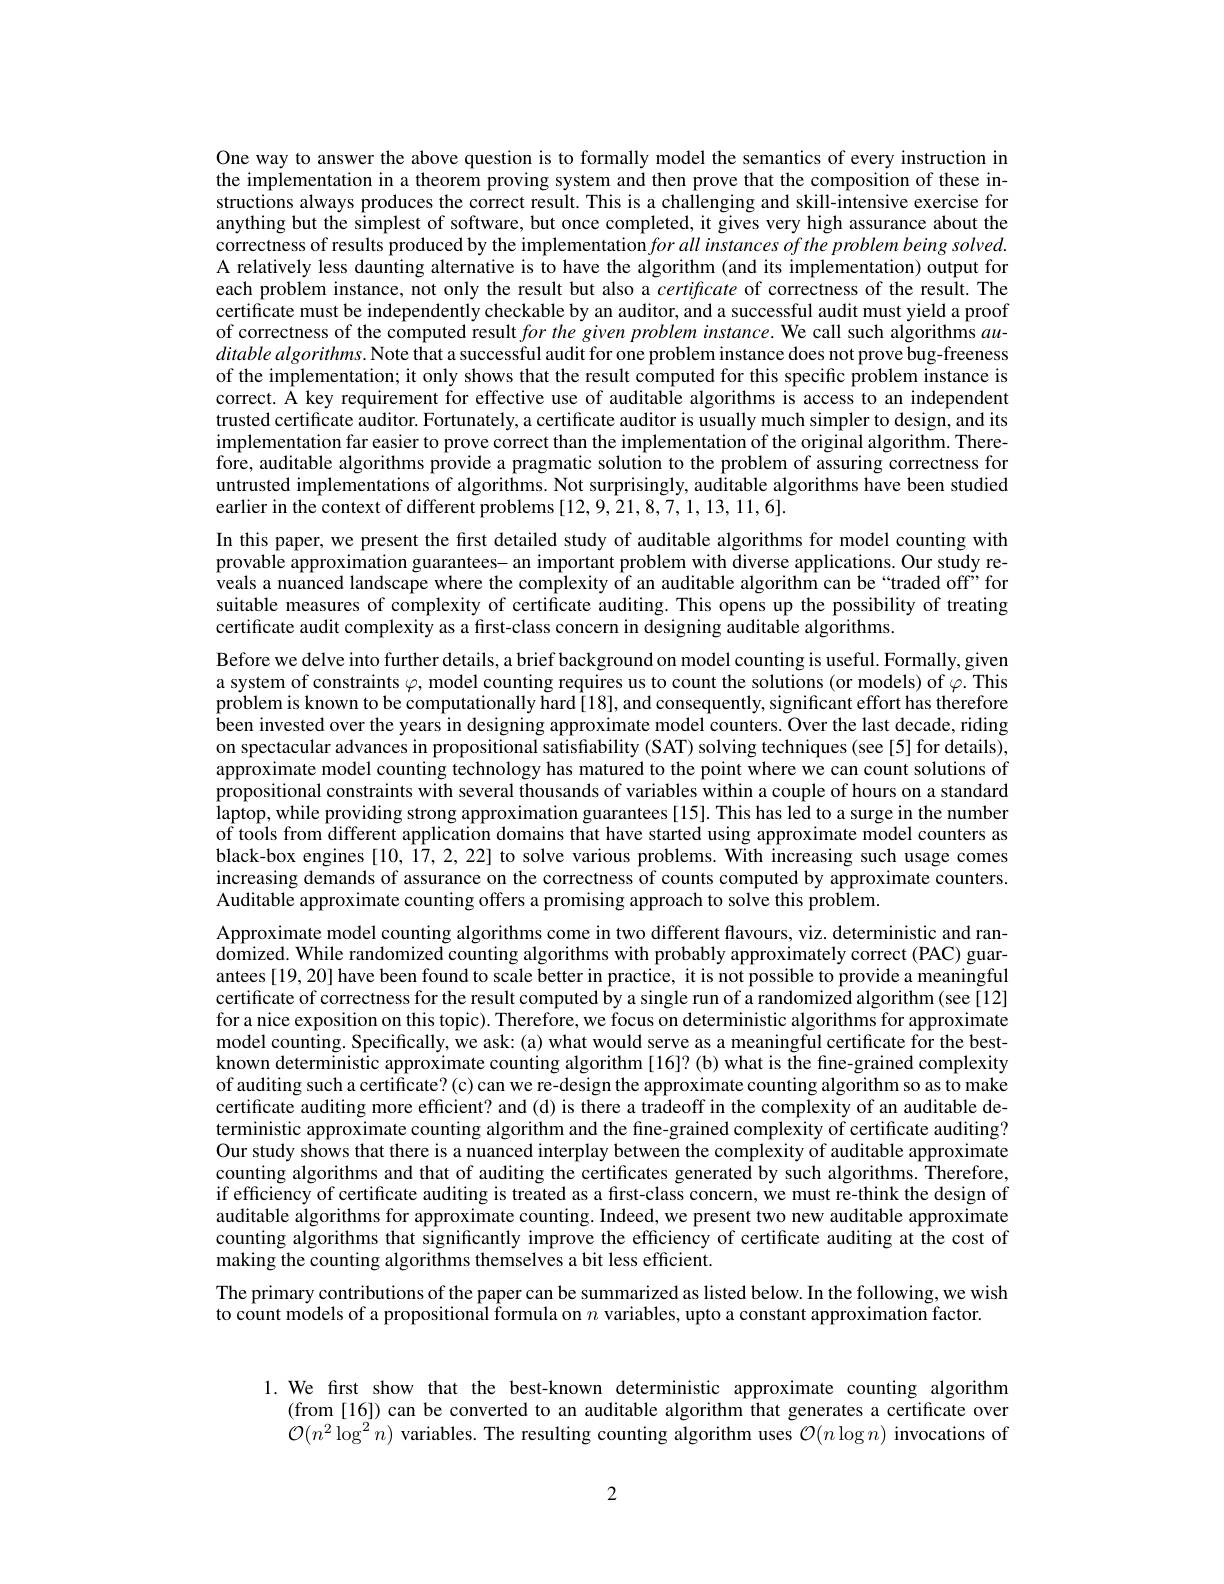
One way to answer the above question is to formally model the semantics of every instruction in the implementation in a theorem proving system and then prove that the composition of these instructions always produces the correct result. This is a challenging and skill-intensive exercise for anything but the sîmplest of software, but once completed, it gives very high assurance about the correctness of results produced by the implementation for all instances of the problem being solved. A relatively less daunting alternative is to have the algorithm (and its implementation) output for each problem instance, not only the result but also a certificate of correctness of the result.The certificate must be independently checkable by an auditor, and a successful audit must yield a proof of correctness of the computed result $for\textit{the given problem instance. We call such algorithms au- }$ $ditablealgorithms.$ Note that a successful audit for one problem instance does not prove bug-freeness of the implementation; it only shows that the result computed for this specific problem instance is correct. Å key requirement for effective use of auditable algorithms is access to an independent trusted certificate auditor. Fortunately, a certificate auditor is usually much simpler to design, and its implementation far easier to prove correct than the implementation of the original algorithm. Therefore, auditable algorithms provide a pragmatic solution to the problem of assuring correctness for untrusted implementations of algorithms. Not surprisingly, auditable algorithms have been studied earlier in the context of different problems [12,9,21,8,7,1,13,11,6].

In this paper, we present the first detailed study of auditable algorithms for model counting with provable approximation guarantees- an important problem with diverse applications. Our study reveals a nuanced landscape where the complexity of an auditable algorithm can be “traded off’ for suitable measures of complexity of certificate auditing. This opens up the possibility of treating certificate audit complexity as a first-class concern in designing auditable algorithms.

Before we delve into further details, a brief background on model counting is useful. Formally, given a system of constraints $\varphi$, model counting requires us to count the solutions (or models) of $\varphi.$ This problem is known to be computationally hard[18], and consequently, significant effort has therefore been invested over the years in designing approximate model counters. Over the last decade, riding on spectacular advances in propositional satisfiability (SAT) solving techniques (see[5] for details), approximate model counting technology has matured to the point where we can count solutions of propositional constraints with several thousands of variables within a couple of hours on a standard laptop, while providing strong approximation guarantees [15]. This has led to a surge in the number of tools from different application domains that have started using approximate model counters as black-box engines [10, 17, 2, 22] to solve various problems. With increasing such usage comes increasing demands of assurance on the correctness of counts computed by approximate counters. Auditable approximate counting offers a promising approach to solve this problem.
Approximate model counting algorithms come in two different flavours, viz. deterministic and randomized. While randomized counting algorithms with probably approximately correct (PAC) guarantees [19, 20] have been found to scale better in practice, it is not possible to provide a meaningful certificate of correctness for the result computed by a single run of a randomized algorithm (see [12] for a nice exposition on this topic). Therefore, we focus on deterministic algorithms for approximate model counting. Specifically, we ask: (a) what would serve as a meaningful certificate for the bestknown deterministic approximate counting algorithm [16]? (b) what is the fine-grained complexity of auditing such a certificate? (c) can we re-design the approximate counting algorithm so as to make certificate auditing more efficient? and (d) is there a tradeoff in the complexity of an auditable deterministic approximate counting algorithm and the fine-grained complexity of certificate auditing? Our study shows that there is a nuanced interplay between the complexity of auditable approximate counting algorithms and that of auditing the certificates generated by such algorithms. Therefore, if efficiency of certificate auditing is treated as a first-class concern, we must re-think the design of auditable algorithms for approximate counting. Indeed, we present two new auditable approximate counting algorithms that significantly improve the efficiency of certificate auditing at the cost of making the counting algorithms themselves a bit less efficient.
The primary contributions of the paper can be summarized as listed below. In the following, we wish
to count models of a propositional formula on $n$ variables, upto a constant approximation factor.

1.We first show that the best-known deterministic approximate counting algorithm
(from [16])can be converted to an auditable algorithm that generates a certificate over $\mathcal{O}(n^2\log^2n)$ variables. The resulting counting algorithm uses $\mathcal{O}(n\log n)$ invocations of

2